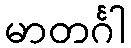
မာတင်္ဂါ